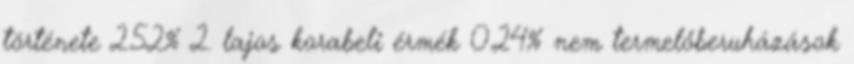
története 2.52% 2. lajos korabeli érmék 0.24% nem termelőberuházások